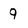
Character: 9